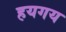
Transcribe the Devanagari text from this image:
हयगय